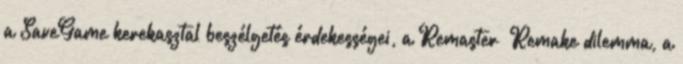
a SaveGame kerekasztal beszélgetés érdekességei, a Remaster Remake dilemma, a